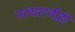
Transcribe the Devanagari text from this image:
नरथराचीही